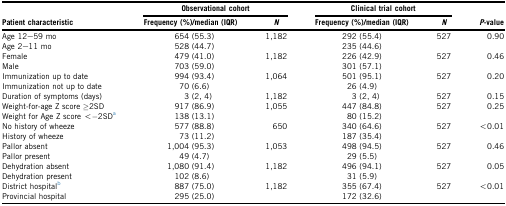
<table><thead><tr><td rowspan="2"><b>Patient characteristic</b></td><td colspan="2"><b>Observational cohort</b></td><td colspan="2"><b>Clinical trial cohort</b></td><td rowspan="2"><b><i>P</i>-value</b></td></tr><tr><td><b>Frequency (%)/median (IQR)</b></td><td><b><i>N</i></b></td><td><b>Frequency (%)/median (IQR)</b></td><td><b><i>N</i></b></td></tr></thead><tbody><tr><td>Age 12–59 mo</td><td>654 (55.3)</td><td>1,182</td><td>292 (55.4)</td><td>527</td><td>0.90</td></tr><tr><td>Age 2–11 mo</td><td>528 (44.7)</td><td></td><td>235 (44.6)</td><td></td><td></td></tr><tr><td>Female</td><td>479 (41.0)</td><td>1,182</td><td>226 (42.9)</td><td>527</td><td>0.46</td></tr><tr><td>Male</td><td>703 (59.0)</td><td></td><td>301 (57.1)</td><td></td><td></td></tr><tr><td>Immunization up to date</td><td>994 (93.4)</td><td>1,064</td><td>501 (95.1)</td><td>527</td><td>0.20</td></tr><tr><td>Immunization not up to date</td><td>70 (6.6)</td><td></td><td>26 (4.9)</td><td></td><td></td></tr><tr><td>Duration of symptoms (days)</td><td>3 (2, 4)</td><td>1,182</td><td>3 (2, 4)</td><td>527</td><td>0.15</td></tr><tr><td>Weight-for-age Z score ≥2SD</td><td>917 (86.9)</td><td>1,055</td><td>447 (84.8)</td><td>527</td><td>0.25</td></tr><tr><td>Weight for Age Z score &lt;−2SDa</td><td>138 (13.1)</td><td></td><td>80 (15.2)</td><td></td><td></td></tr><tr><td>No history of wheeze</td><td>577 (88.8)</td><td>650</td><td>340 (64.6)</td><td>527</td><td>&lt;0.01</td></tr><tr><td>History of wheeze</td><td>73 (11.2)</td><td></td><td>187 (35.4)</td><td></td><td></td></tr><tr><td>Pallor absent</td><td>1,004 (95.3)</td><td>1,053</td><td>498 (94.5)</td><td>527</td><td>0.46</td></tr><tr><td>Pallor present</td><td>49 (4.7)</td><td></td><td>29 (5.5)</td><td></td><td></td></tr><tr><td>Dehydration absent</td><td>1,080 (91.4)</td><td>1,182</td><td>496 (94.1)</td><td>527</td><td>0.05</td></tr><tr><td>Dehydration present</td><td>102 (8.6)</td><td></td><td>31 (5.9)</td><td></td><td></td></tr><tr><td>District hospitalb</td><td>887 (75.0)</td><td>1,182</td><td>355 (67.4)</td><td>527</td><td>&lt;0.01</td></tr><tr><td>Provincial hospital</td><td>295 (25.0)</td><td></td><td>172 (32.6)</td><td></td><td></td></tr></tbody></table>